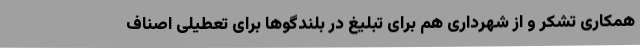
همکاری تشکر و از شهرداری هم برای تبلیغ در بلندگوها برای تعطیلی اصناف